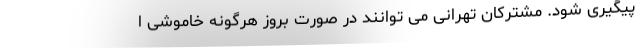
پیگیری شود. مشترکان تهرانی می توانند در صورت بروز هرگونه خاموشی ا